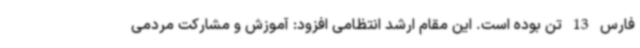
فارس 13 تن بوده است. این مقام ارشد انتظامی افزود: آموزش و مشارکت مردمی